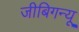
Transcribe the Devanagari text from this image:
जीबिगन्यू